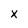
Character: x